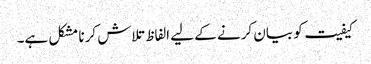
کیفیت کو بیان کرنے کے لیے الفاظ تلاش کرنا مشکل ہے۔